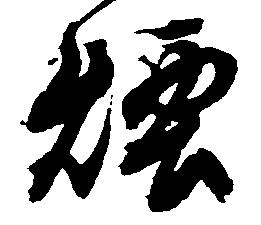
煙